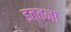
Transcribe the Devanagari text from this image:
इत्तना